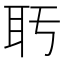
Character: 𬚒